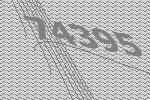
74395